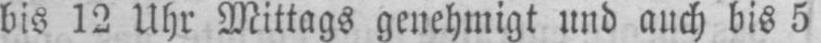
bis 12 Uhr Mittags genehmigt und auch bis 5